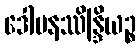
ဒေါမနဿိန္ဒြိယဉ္စ